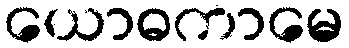
ယောဓကာမေ